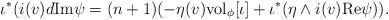
LaTeX: \begin{align*}\iota^{*} ( i(v)d {\rm Im} \psi=(n+1) (- \eta(v) {\rm vol}_{\phi}[\iota] + \iota^{*} (\eta \wedge i(v) {\rm Re} \psi)).\end{align*}